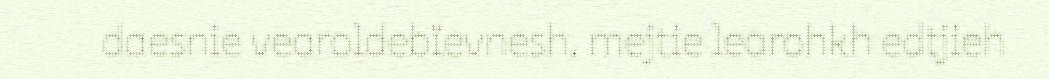
daesnie vearoldebïevnesh, mejtie learohkh edtjieh